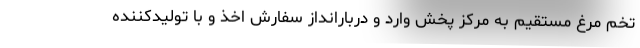
تخم مرغ مستقیم به مرکز پخش وارد و دربارانداز سفارش اخذ و با تولیدکننده